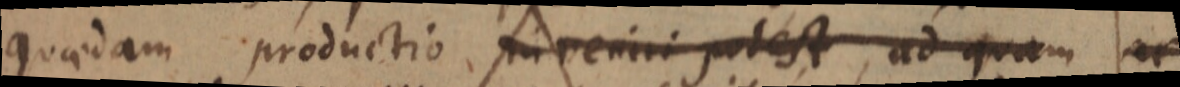
quaedam productio inveniri potest, ad quam ac